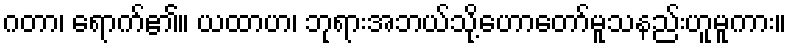
ဂတာ၊ ရောက်၏။ ယထာဟ၊ ဘုရားအဘယ်သို့ဟောတော်မူသနည်းဟူမူကား။